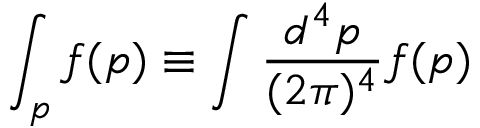
\int _ { p } f ( p ) \equiv \int \frac { d ^ { 4 } p } { ( 2 \pi ) ^ { 4 } } f ( p )